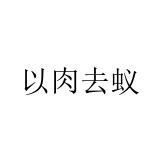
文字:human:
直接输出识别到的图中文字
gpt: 以肉去蚁